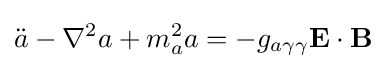
{\ddot {a}}-\nabla ^{2}a+m_{a}^{2}a=-g_{a\gamma \gamma }\mathbf {E} \cdot \mathbf {B}